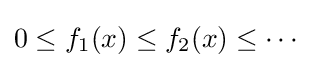
0\leq f_{1}(x)\leq f_{2}(x)\leq \cdots